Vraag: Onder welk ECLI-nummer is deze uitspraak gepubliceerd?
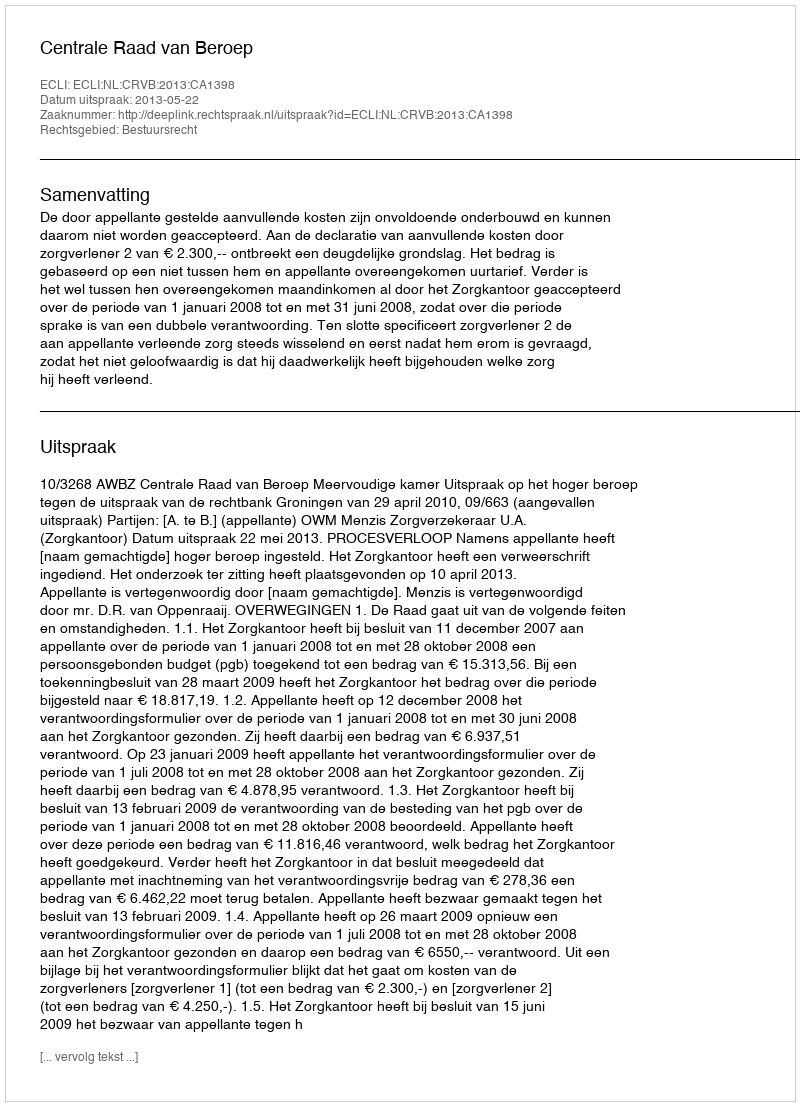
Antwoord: ECLI:NL:CRVB:2013:CA1398